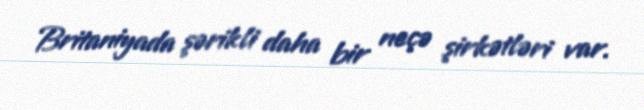
Britaniyada şərikli daha bir neçə şirkətləri var.